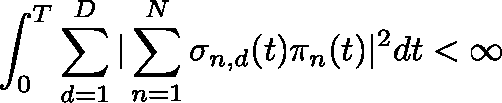
\int _ { 0 } ^ { T } \sum _ { d = 1 } ^ { D } | \sum _ { n = 1 } ^ { N } \mathbf { \sigma } _ { n , d } ( t ) \pi _ { n } ( t ) | ^ { 2 } d t < \infty